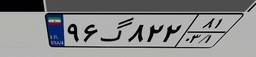
۹۶گ۸۲۲۸۱